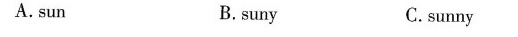
A.sun B.suny C.sunny